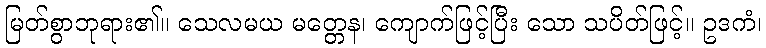
မြတ်စွာဘုရား၏။ သေလမယ မတ္တေန၊ ကျောက်ဖြင့်ပြီး သော သပိတ်ဖြင့်။ ဥဒကံ၊